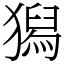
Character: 獡